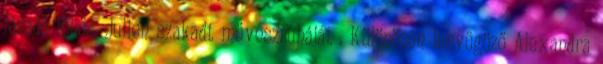
lázadó főhős, Julien szakadt művészruháját . Különösen lenyűgöző Alexandra